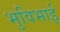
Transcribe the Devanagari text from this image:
भुविभाई